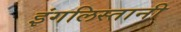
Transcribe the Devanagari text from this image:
इंगलिस्तानी